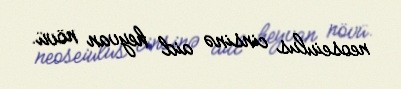
neoseiulus cinsinə aid heyvan növü.